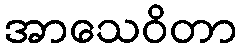
အာသေဝိတာ